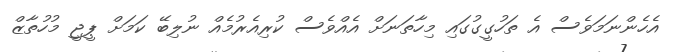
އެހެންނަމަވެސް އެ ތަހުގީގުގައި މިހާތަނަށް އެއްވެސް ކުރިއެރުމެއް ނުލިބޭ ކަމަށް ޕީޖީ މުހުތާޒް